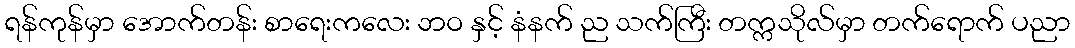
ရန်ကုန်မှာ အောက်တန်း စာရေးကလေး ဘဝ နှင့် နံနက် ည သက်ကြီး တက္ကသိုလ်မှာ တက်ရောက် ပညာ